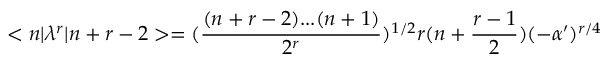
< n | \lambda ^ { r } | n + r - 2 > = ( \frac { ( n + r - 2 ) . . . ( n + 1 ) } { 2 ^ { r } } ) ^ { 1 / 2 } r ( n + \frac { r - 1 } { 2 } ) ( - \alpha ^ { \prime } ) ^ { r / 4 }